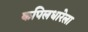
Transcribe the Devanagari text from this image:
कपिलधारेला